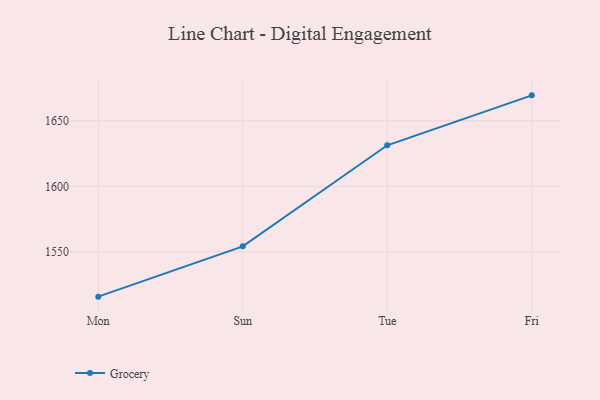
{"axis": {"x": "Day", "y": "Conversion Rate (%)"}, "legend": ["Grocery"], "data": [{"x": "Mon", "y": 1515.8, "type": "Grocery"}, {"x": "Sun", "y": 1554.2, "type": "Grocery"}, {"x": "Tue", "y": 1631.3, "type": "Grocery"}, {"x": "Fri", "y": 1669.4, "type": "Grocery"}]}